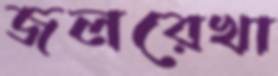
জলরেখা